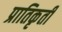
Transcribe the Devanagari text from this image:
प्रातिकृती